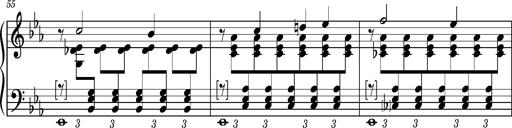
Title: PrÃ©ludes et Harmonies poÃ©tiques et religieuses
Composer: Franz Liszt